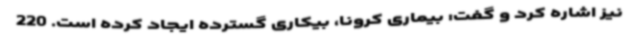
نیز اشاره کرد و گفت: بیماری کرونا، بیکاری گسترده ایجاد کرده است. 220